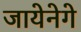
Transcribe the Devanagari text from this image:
जायेनेगे